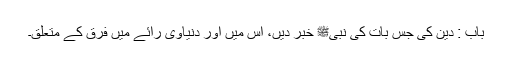
باب : دین کی جس بات کی نبیﷺ خبر دیں، اس میں اور دنیاوی رائے میں فرق کے متعلق۔